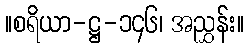
။စရိယာ-ဋ္ဌ-၁၄၆၊ အညွှန်း။